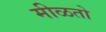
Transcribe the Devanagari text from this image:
मीळतो